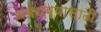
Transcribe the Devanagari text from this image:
धबधब्यासाठी